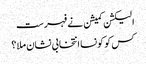
الیکشن کمیشن نے فہرست
کس کو کونسا انتخابی نشان ملا ؟